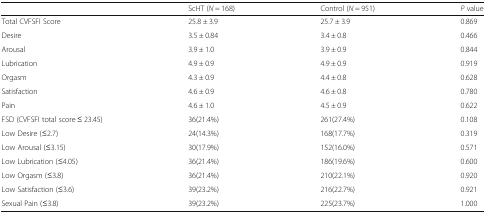
<table><thead><tr><td></td><td><b>ScHT (<i>N</i> = 168)</b></td><td><b>Control (<i>N</i> = 951)</b></td><td><b><i>P</i> value</b></td></tr></thead><tbody><tr><td>Total CVFSFI Score</td><td>25.8 ± 3.9</td><td>25.7 ± 3.9</td><td>0.869</td></tr><tr><td>Desire</td><td>3.5 ± 0.84</td><td>3.4 ± 0.8</td><td>0.466</td></tr><tr><td>Arousal</td><td>3.9 ± 1.0</td><td>3.9 ± 0.9</td><td>0.844</td></tr><tr><td>Lubrication</td><td>4.9 ± 0.9</td><td>4.9 ± 0.9</td><td>0.919</td></tr><tr><td>Orgasm</td><td>4.3 ± 0.9</td><td>4.4 ± 0.8</td><td>0.628</td></tr><tr><td>Satisfaction</td><td>4.6 ± 0.9</td><td>4.6 ± 0.8</td><td>0.780</td></tr><tr><td>Pain</td><td>4.6 ± 1.0</td><td>4.5 ± 0.9</td><td>0.622</td></tr><tr><td>FSD (CVFSFI total score ≤ 23.45)</td><td>36(21.4%)</td><td>261(27.4%)</td><td>0.108</td></tr><tr><td>Low Desire (≤2.7)</td><td>24(14.3%)</td><td>168(17.7%)</td><td>0.319</td></tr><tr><td>Low Arousal (≤3.15)</td><td>30(17.9%)</td><td>152(16.0%)</td><td>0.571</td></tr><tr><td>Low Lubrication (≤4.05)</td><td>36(21.4%)</td><td>186(19.6%)</td><td>0.600</td></tr><tr><td>Low Orgasm (≤3.8)</td><td>36(21.4%)</td><td>210(22.1%)</td><td>0.920</td></tr><tr><td>Low Satisfaction (≤3.6)</td><td>39(23.2%)</td><td>216(22.7%)</td><td>0.921</td></tr><tr><td>Sexual Pain (≤3.8)</td><td>39(23.2%)</td><td>225(23.7%)</td><td>1.000</td></tr></tbody></table>